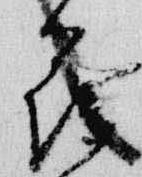
花